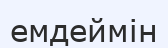
емдеймін